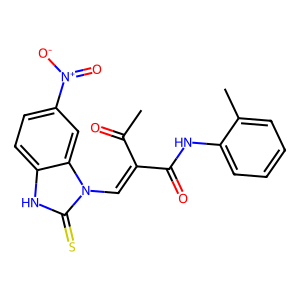
SMILES: CC(=O)C(=Cn1c(=S)[nH]c2ccc([N+](=O)[O-])cc21)C(=O)Nc1ccccc1C
Inhibits HIV replication: No